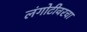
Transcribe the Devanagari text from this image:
लंगोटीवरचा